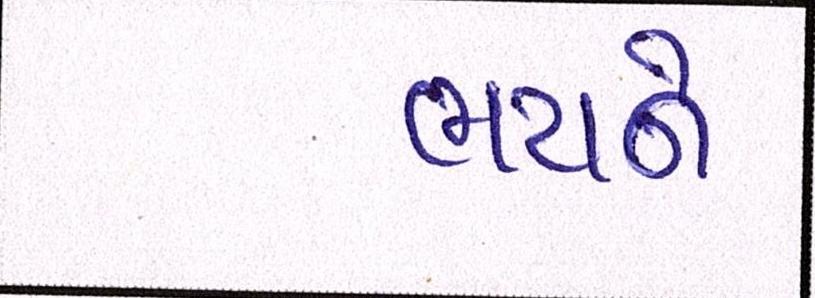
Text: ભયને